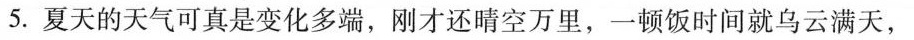
5.夏天的天气可真是变化多端，刚才还晴空万里，一顿饭时间就乌云满天，